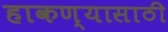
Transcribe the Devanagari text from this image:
हाकण्यासाठी